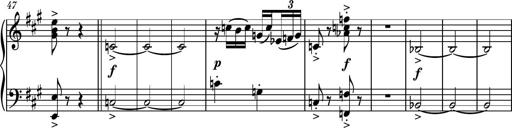
Title: Piano Sonatina No.6
Composer: Dimitri Sykias
Key: A major